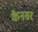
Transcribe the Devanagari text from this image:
कैनसर